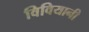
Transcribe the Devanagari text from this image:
विवियानी